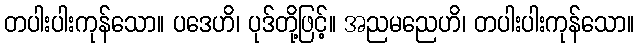
တပါးပါးကုန်သော။ ပဒေဟိ၊ ပုဒ်တို့ဖြင့်။ အညမညေဟိ၊ တပါးပါးကုန်သော။